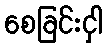
စေခြင်းငှါ